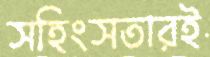
সহিংসতারই